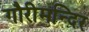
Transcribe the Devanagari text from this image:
गौरीमन्दिर